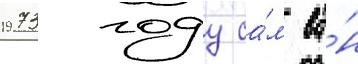
1973 году са́м ва́н